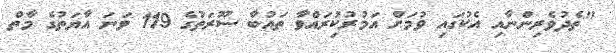
"ތެދުވެރިންނާއި އެކުގައި ވުމަށް އަމުރުކިުރައްވާ ތައުބާ ސޫރަތުގެ 119 ވަނަ އާޔަތުގެ މާތް